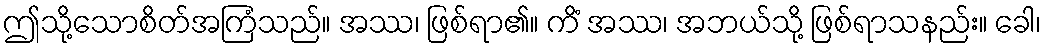
ဤသို့သောစိတ်အကြံသည်။ အဿ၊ ဖြစ်ရာ၏။ ကိံ အဿ၊ အဘယ်သို့ ဖြစ်ရာသနည်း။ ခေါ၊